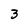
Character: 3